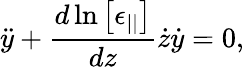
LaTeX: \ddot{y}+\frac{d\ln\left[\epsilon_{||}\right]}{dz}\dot{z}\dot{y}=0,